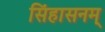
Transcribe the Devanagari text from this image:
सिंहासनम्